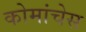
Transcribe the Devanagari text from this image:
कोमांचेस